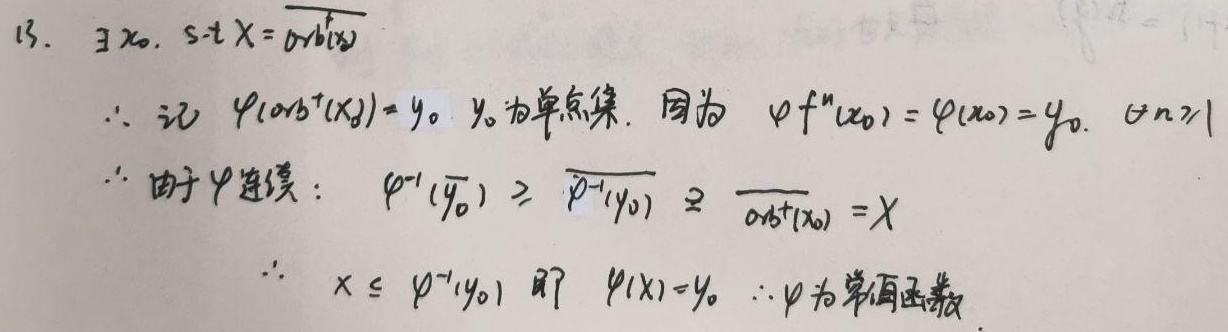
13. $\exists x_0$，使得 $X = \overline{orb(x_0)}$。$\therefore$ 记 $\varphi(orb^{+}(x_0)) = y_0$。$y_0$ 为单点集。因为 $\varphi f^{n}(x_0)=\varphi(x_0)=y_0$，$\forall n\geq1$。$\therefore$ 由于 $\varphi$ 连续：$\varphi^{-1}(\overline{y_0})\supset\overline{\varphi^{-1}(y_0)}\supset\overline{orb^{+}(x_0)} = X$。$\therefore$ $X\subset\varphi^{-1}(y_0)$ 即 $\varphi(X)=y_0$ 。$\therefore\varphi$ 为常值函数。